Indian Civil Veterinary Department memoirs
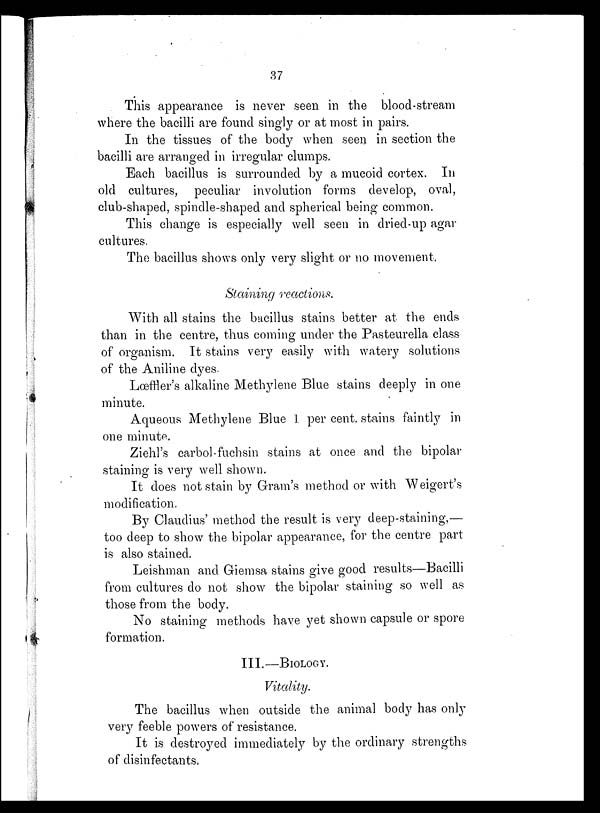
37
This appearance is never seen in the blood-stream
where the bacilli are found singly or at most in pairs.
In the tissues of the body when seen in section the
bacilli are arranged in irregular clumps.
Each bacillus is surrounded by a mucoid cortex. In
old cultures, peculiar involution forms develop, oval,
club-shaped, spindle-shaped and spherical being common.
This change is especially well seen in dried-up agar
cultures.
The bacillus shows only very slight or no movement.
Staining reactions.
With all stains the bacillus stains better at the ends
than in the centre, thus coming under the Pasteurella class
of organism. It stains very easily with watery solutions
of the Aniline dyes.
Lœffler's alkaline Methylene Blue stains deeply in one
minute.
Aqueous Methylene Blue 1 per cent. stains faintly in
one minute.
Ziehl's carbol-fuchsin stains at once and the bipolar
staining is very well shown.
It does not stain by Gram's method or with Weigert's
modification.
By Claudius' method the result is very deep-staining,—
too deep to show the bipolar appearance, for the centre part
is also stained.
Leishman and Giemsa stains give good results—Bacilli
from cultures do not show the bipolar staining so well as
those from the body.
No staining methods have yet shown capsule or spore
formation.
III.—BIOLOGY.
Vitality.
The bacillus when outside the animal body has only
very feeble powers of resistance.
It is destroyed immediately by the ordinary strengths
of disinfectants.